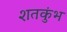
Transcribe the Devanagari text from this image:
शतकुंभ